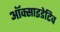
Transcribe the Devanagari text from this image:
ऑक्साइडेटिव